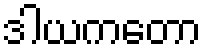
ဒါယကတော